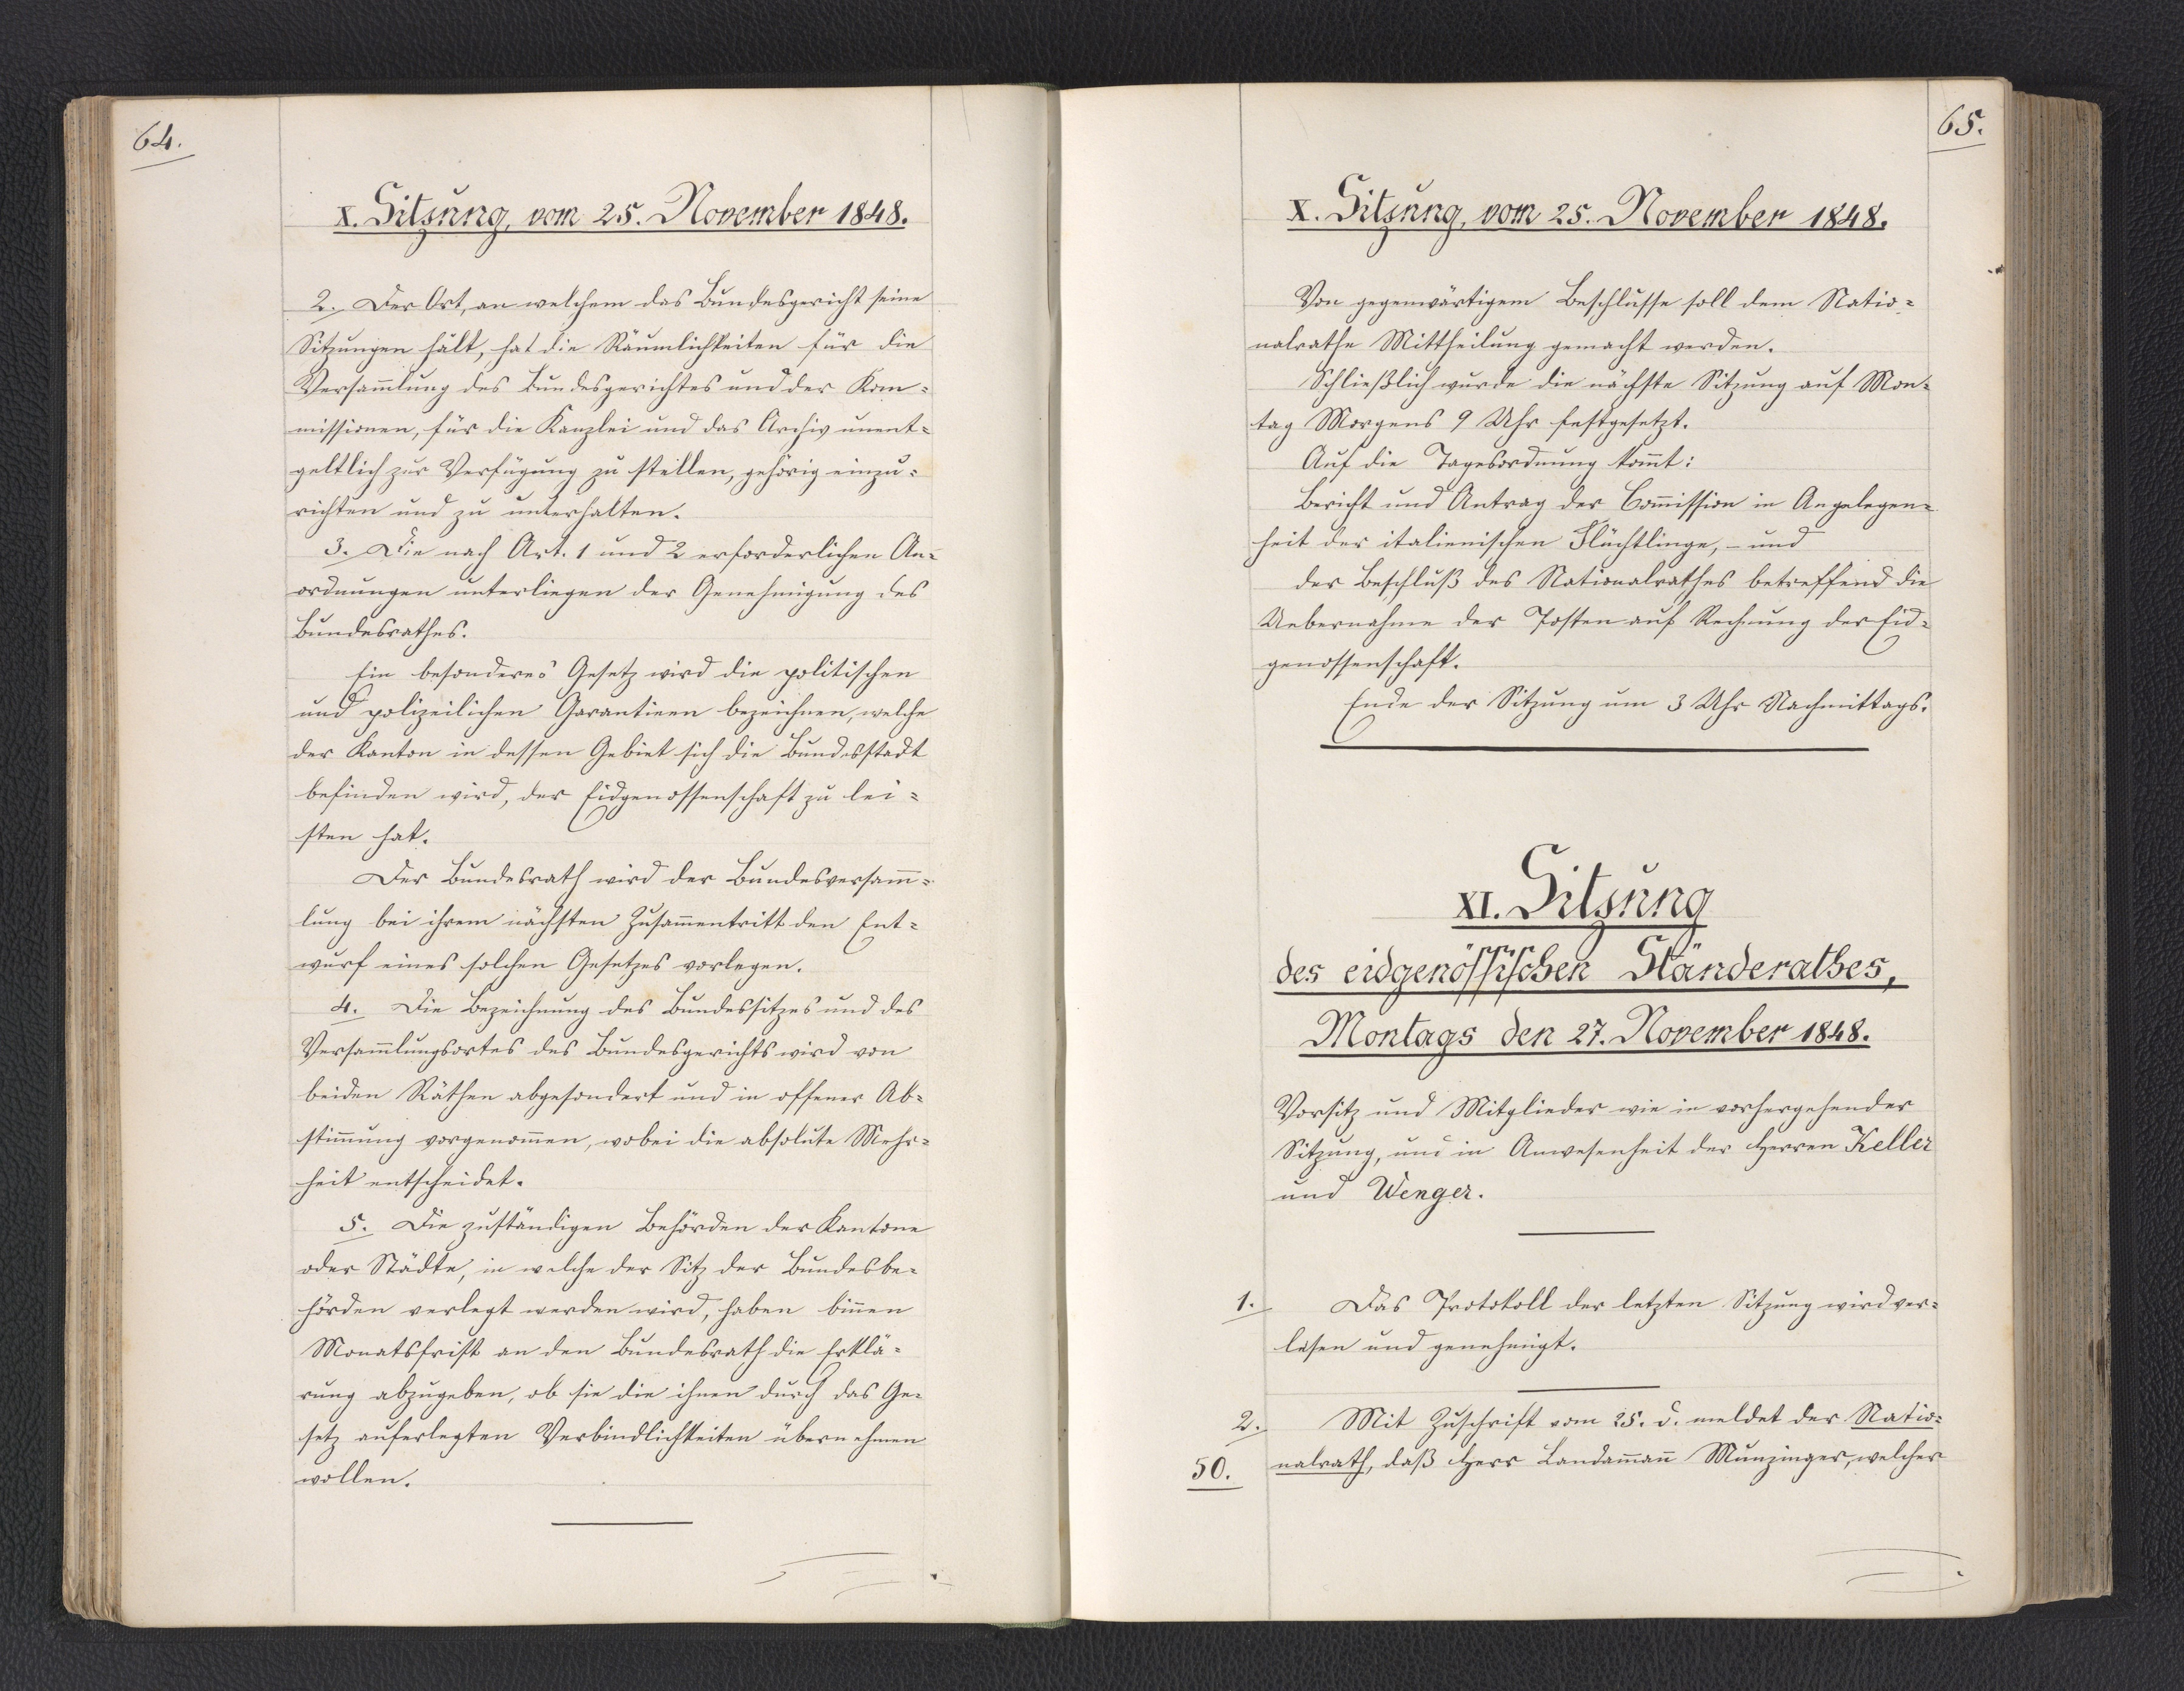
64.

X. Sitzung, vom 25. November 1848.

2. Der Ort, an welchem das Bundesgericht seine
Sitzungen hält, hat die Räumlichkeiten für die
Versammlung des Bundesgerichtes und der Kom¬
missionen, für die Kanzlei und das Archiv unent¬
geltlich zur Verfügung zu stellen, gehörig einzu¬
richten und zu unterhalten.
3. Die nach Art. 1 und 2 erforderlichen An¬
ordnungen unterliegen der Genehmigung des
Bundesrathes.
Ein besonderes Gesetz wird die politischen
und polizeilichen Garantieen bezeichnen, welche
der Kanton in dessen Gebiet sich die Bundesstadt
befinden wird, der Eidgenossenschaft zu lei¬
sten hat.
Der Bundesrath wird der Bundesversamm¬
lung bei ihrem nächsten Zusammentritt den Ent¬
wurf eines solchen Gesetzes vorlegen.
4. Die Bezeichnung des Bundessitzes und des
Versammlungsortes des Bundesgerichts wird von
beiden Räthen abgesondert und in offener Ab¬
stimmung vorgenommen, wobei die absolute Mehr¬
heit entscheidet.
5. Die zuständigen Behörden der Kantone
oder Städte, in welche der Sitz der Bundesbe¬
hörden verlegt werden wird, haben binnen
Monatsfrist an den Bundesrath die Erklä¬
rung abzugeben, ob sie die ihnen durch das Ge¬
setz auferlegten Verbindlichkeiten übernehmen
wollen.

65.

X. Sitzung, vom 25. November 1848.

Von gegenwärtigem Beschlusse soll dem Natio¬
nalrathe Mittheilung gemacht werden.
Schließlich wurde die nächste Sitzung auf Mon¬
tag Morgens 9 Uhr festgesetzt.
Auf die Tagesordnung kommt:
Bericht und Antrag der Commission in Angelegen¬
heit der italienischen Flüchtlinge, - und
der Beschluß des Nationalrathes betreffend die
Uebernahme der Posten auf Rechnung der Eid¬
genossenschaft.
Ende der Sitzung um 3 Uhr Nachmittags.